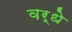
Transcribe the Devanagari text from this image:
वर्धे